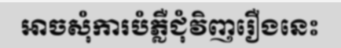
អាចសុំការបំភ្លឺជុំវិញរឿងនេះ